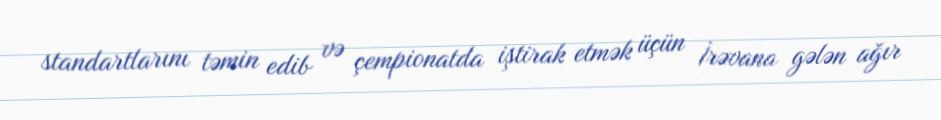
standartlarını təmin edib və çempionatda iştirak etmək üçün İrəvana gələn ağır